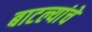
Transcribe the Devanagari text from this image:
बाटल्यांचे